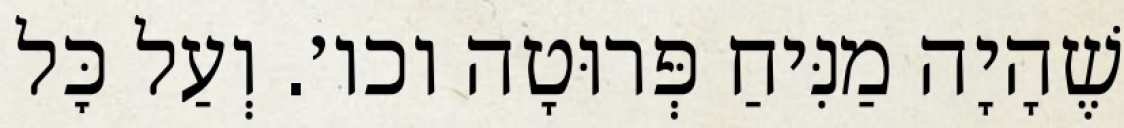
שֶׁהָיָה מַנִּיחַ פְּרוּטָה וכו׳. וְעַל כׇּל